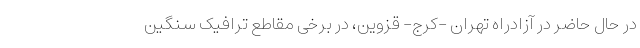
در حال حاضر در آزادراه تهران -کرج- قزوین، در برخی مقاطع ترافیک سنگین